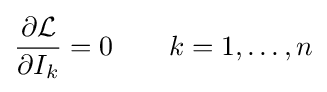
{\partial {\mathcal {L}} \over \partial I_{k}}=0\qquad k=1,\dots ,n